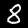
Label: 8